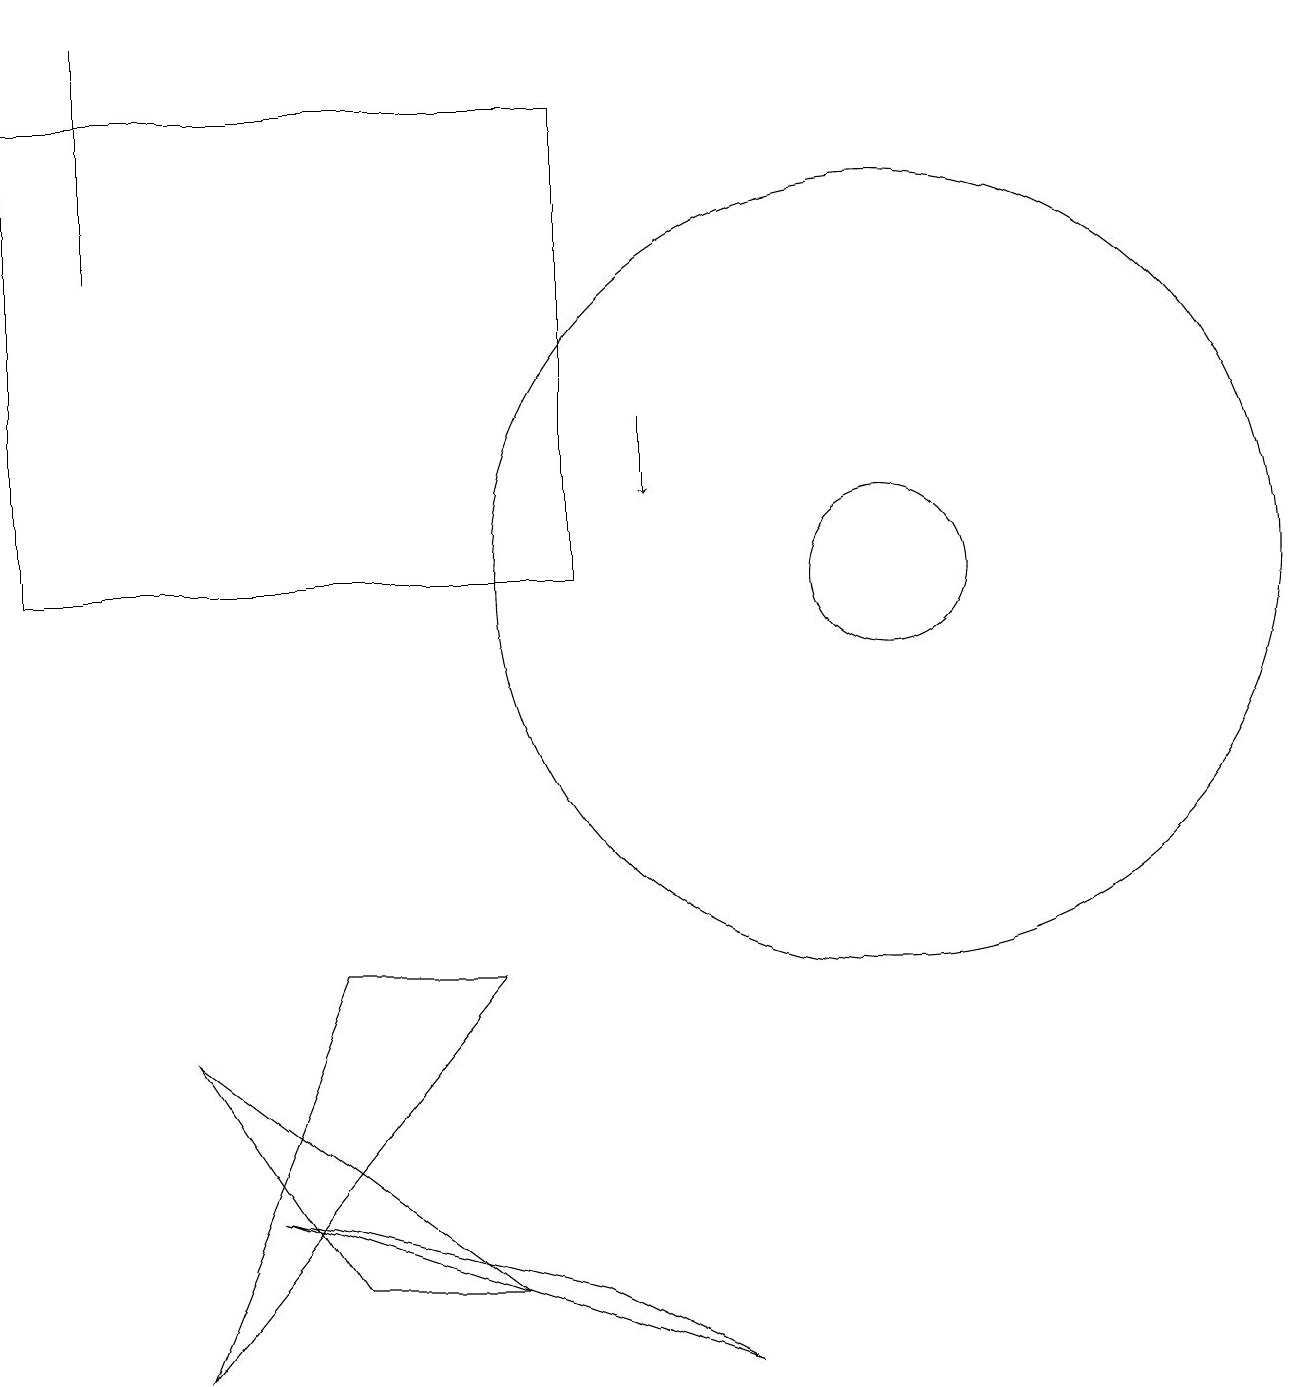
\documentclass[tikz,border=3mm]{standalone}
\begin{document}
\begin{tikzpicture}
\draw[->] (8,12) -- (8,11);
\draw (11,10) circle (5);
\draw (7,1) -- (9,0) -- (3,2) -- cycle;
\draw (1,14) rectangle (1,17);
\draw (4,5) -- (6,5) -- (2,0) -- cycle;
\draw (4,1) -- (6,1) -- (2,4) -- cycle;
\draw (11,10) circle (1);
\draw (7,10) rectangle (0,16);
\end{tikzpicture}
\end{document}